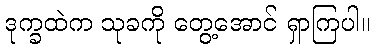
ဒုက္ခထဲက သုခကို တွေ့အောင် ရှာကြပါ။